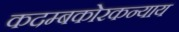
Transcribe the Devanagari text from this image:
कदम्बकोरकन्याय